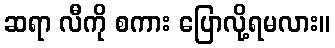
ဆရာ လီကို စကား ပြောလို့ရမလား။